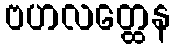
ဗဟလတ္ထေန